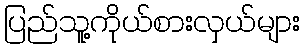
ပြည်သူ့ကိုယ်စားလှယ်များ